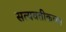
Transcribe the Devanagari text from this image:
सत्यवतीकच्या